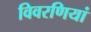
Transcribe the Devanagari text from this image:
विवरणियां